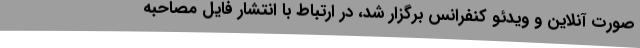
صورت آنلاین و ویدئو کنفرانس برگزار شد، در ارتباط با انتشار فایل مصاحبه